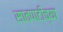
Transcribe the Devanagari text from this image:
सातपाटीच्या